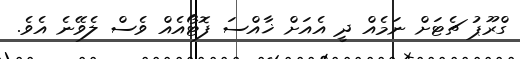
ގްރޫޕު ޗެޓަށް ނަމެއް ދީ އެއަށް ޚާއްސަ ފޮޓޯއެއް ވެސް ލެވޭނެ އެވެ.